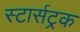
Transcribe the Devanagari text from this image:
स्टार्सट्रक